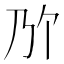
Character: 𫡐